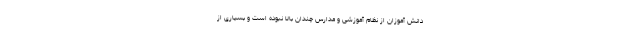
دانش آموزان از نظام آموزشی و مدارس چندان بالا نبوده است و بسیاری از